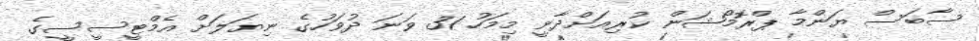
ސާބަސް ޔަންމާ ޕްރޮމޯޝަން ކުރިއަށްދާނީ މިމަހު 31 ވަނަ ދުވަހުގެ ނިޔަލަށް އެމްޓީސީސީގެ